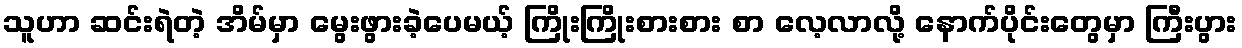
သူဟာ ဆင်းရဲတဲ့ အိမ်မှာ မွေးဖွားခဲ့ပေမယ့် ကြိုးကြိုးစားစား စာ လေ့လာလို့ နောက်ပိုင်းတွေမှာ ကြီးပွား